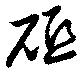
砥